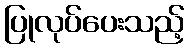
ပြုလုပ်ပေးသည့်